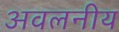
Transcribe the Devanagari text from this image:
अवलनीय